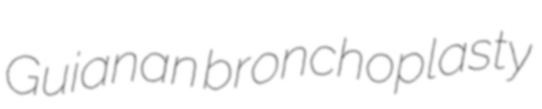
Guianan bronchoplasty